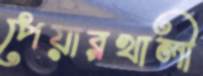
পেয়ারখালী